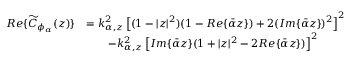
\begin{array} { r l } { R e \{ \widetilde { C } _ { \phi _ { \alpha } } ( z ) \} } & { = k _ { \alpha , z } ^ { 2 } \left[ ( 1 - | z | ^ { 2 } ) ( 1 - R e \{ \bar { \alpha } z \} ) + 2 ( I m \{ \bar { \alpha } z \} ) ^ { 2 } \right] ^ { 2 } } \\ & { \qquad - k _ { \alpha , z } ^ { 2 } \left[ I m \{ \bar { \alpha } z \} ( 1 + | z | ^ { 2 } - 2 R e \{ \bar { \alpha } z \} ) \right] ^ { 2 } } \end{array}